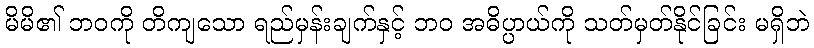
မိမိ၏ ဘဝကို တိကျသော ရည်မှန်းချက်နှင့် ဘဝ အဓိပ္ပာယ်ကို သတ်မှတ်နိုင်ခြင်း မရှိဘဲ